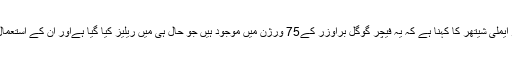
بین الاقوامی خبر رساں ادارے کے مطابق کروم پراڈکٹ مینیجر ایملی شیتھر کا کہنا ہے کہ یہ فیچر گوگل براوزر کے75 ورژن میں موجود ہیں جو حال ہی میں ریلیز کیا گیا ہےاور ان کے استعمال سے صارفین مشکوک ویب سائٹس سے محفوظ رہ سکیں گے۔